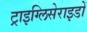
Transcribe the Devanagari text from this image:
ट्राइग्लिसेराइडों